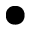
\bullet